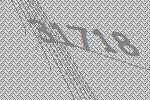
31718